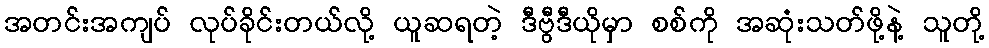
အတင်းအကျပ် လုပ်ခိုင်းတယ်လို့ ယူဆရတဲ့ ဒီဗွီဒီယိုမှာ စစ်ကို အဆုံးသတ်ဖို့နဲ့ သူတို့